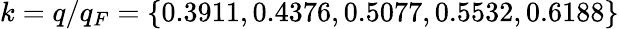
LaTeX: k=q/q_{F}=\{ 0.3911,0.4376,0.5077,0.5532,0.6188\}